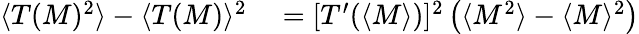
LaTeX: \begin{array}{rl}{\langle T(M)^{2}\rangle-\langle T(M)\rangle^{2}}&{{}=[T^{\prime}(\langle M\rangle)]^{2}\left(\langle M^{2}\rangle-\langle M\rangle^{2}\right)}\end{array}